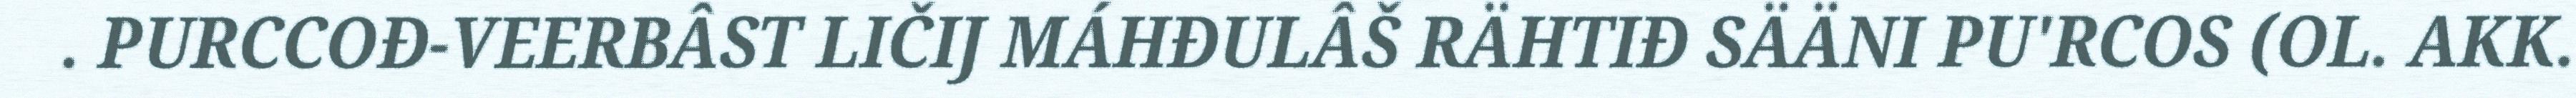
. PURCCOĐ-VEERBÂST LIČIJ MÁHĐULÂŠ RÄHTIĐ SÄÄNI PU'RCOS (OL. AKK.